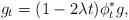
LaTeX: \begin{align*} g_t=(1-2\lambda t)\phi^\ast_tg,\end{align*}